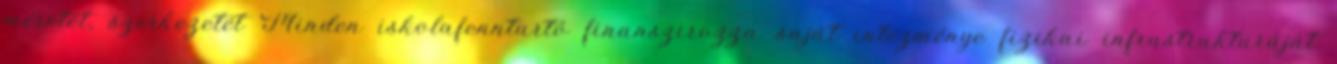
méretét, szerkezetét Minden iskolafenntartó finanszirozza saját intézménye fizikai infrastrukturáját